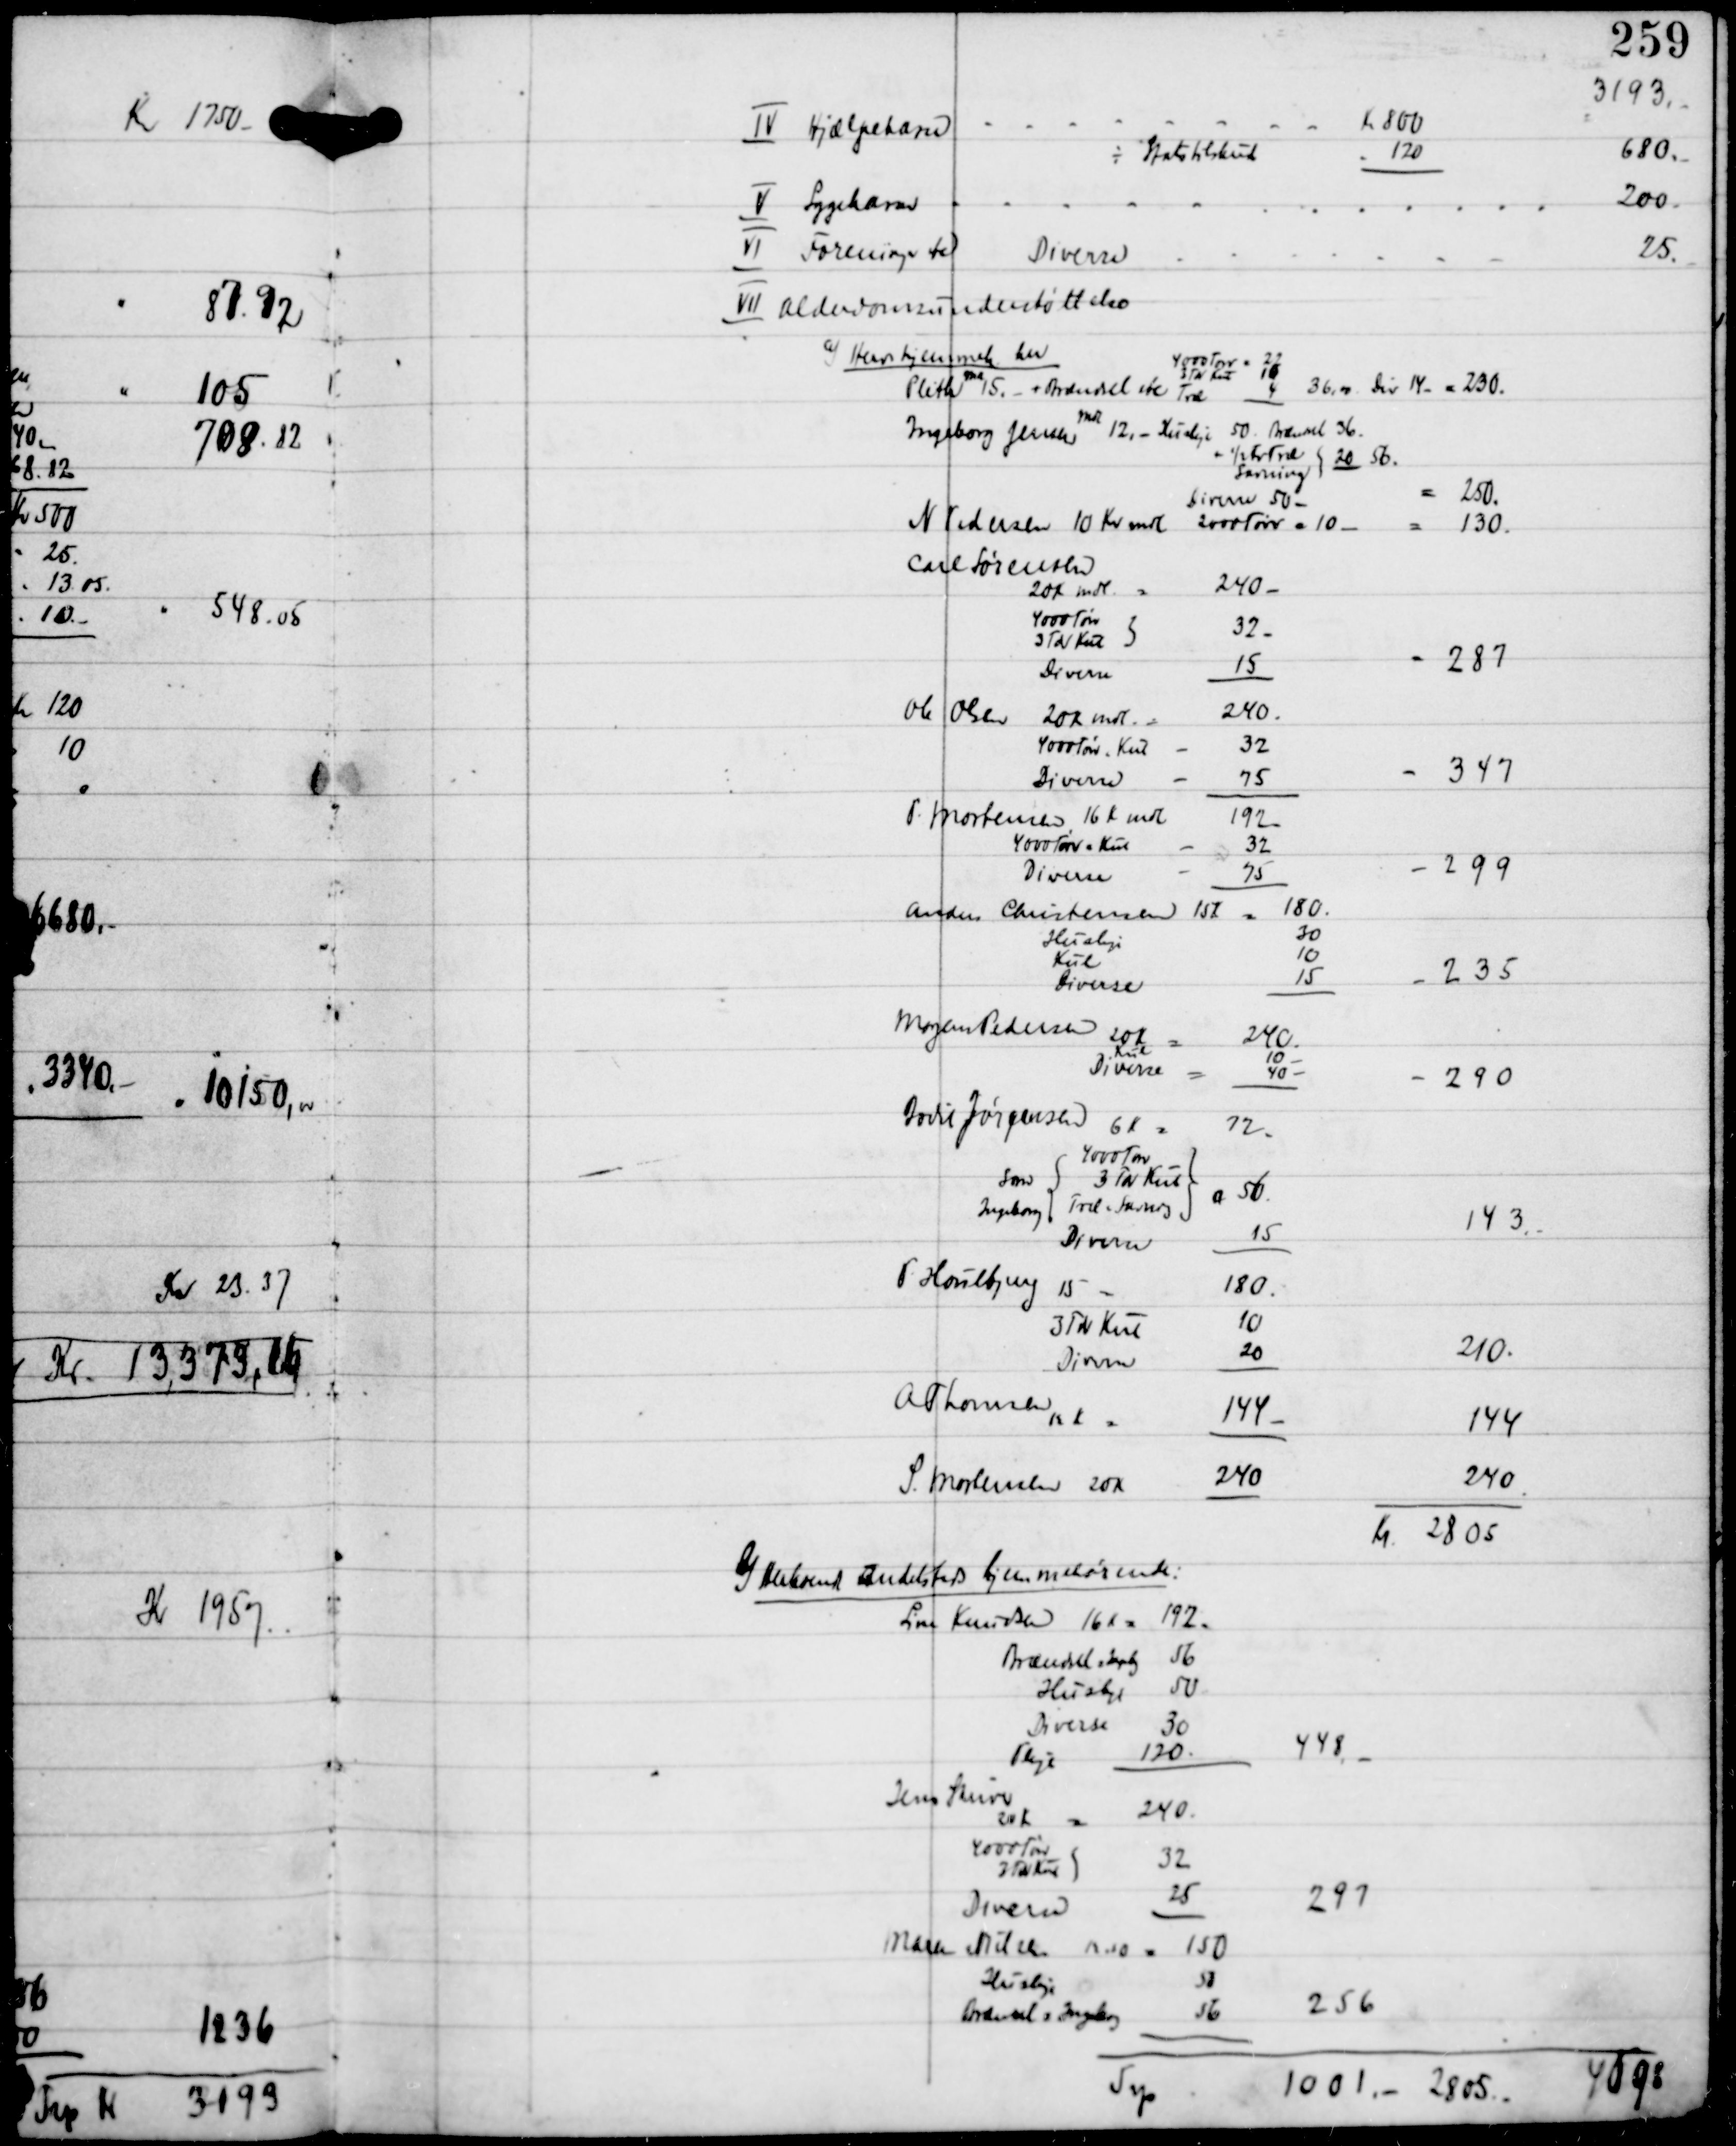
Transskription:
Kr 2805